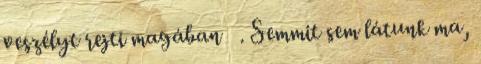
veszélyt rejti magában . Semmit sem látunk ma,